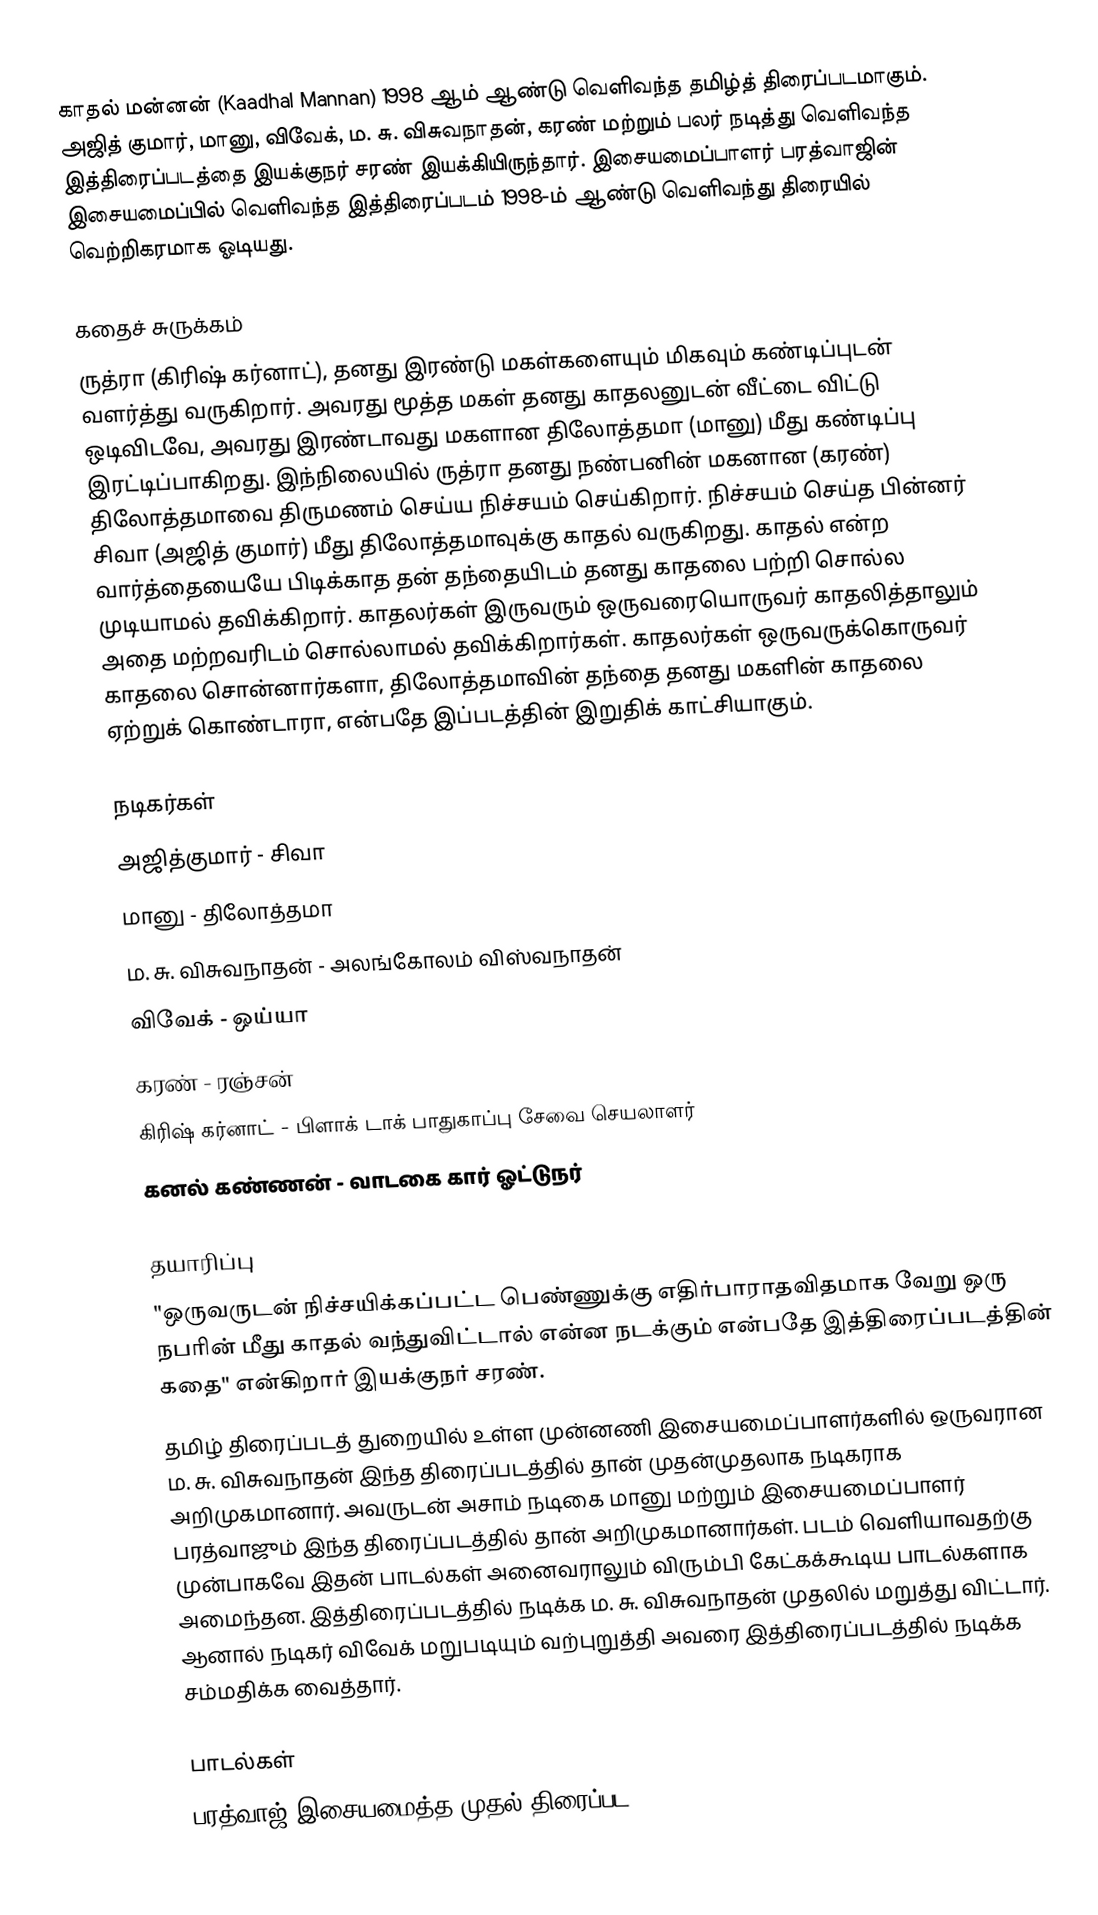
காதல் மன்னன் (Kaadhal Mannan) 1998 ஆம் ஆண்டு வெளிவந்த தமிழ்த் திரைப்படமாகும். அஜித் குமார், மானு, விவேக், ம. சு. விசுவநாதன், கரண் மற்றும் பலர் நடித்து வெளிவந்த இத்திரைப்படத்தை இயக்குநர் சரண் இயக்கியிருந்தார். இசையமைப்பாளர் பரத்வாஜின் இசையமைப்பில் வெளிவந்த இத்திரைப்படம் 1998-ம் ஆண்டு வெளிவந்து திரையில் வெற்றிகரமாக ஓடியது.

கதைச் சுருக்கம்
ருத்ரா (கிரிஷ் கர்னாட்), தனது இரண்டு மகள்களையும் மிகவும் கண்டிப்புடன் வளர்த்து வருகிறார். அவரது மூத்த மகள் தனது காதலனுடன் வீட்டை விட்டு ஒடிவிடவே, அவரது இரண்டாவது மகளான திலோத்தமா (மானு) மீது கண்டிப்பு இரட்டிப்பாகிறது. இந்நிலையில் ருத்ரா தனது நண்பனின் மகனான (கரண்) திலோத்தமாவை திருமணம் செய்ய நிச்சயம் செய்கிறார். நிச்சயம் செய்த பின்னர் சிவா (அஜித் குமார்) மீது திலோத்தமாவுக்கு காதல் வருகிறது. காதல் என்ற வார்த்தையையே பிடிக்காத தன் தந்தையிடம் தனது காதலை பற்றி சொல்ல முடியாமல் தவிக்கிறார். காதலர்கள் இருவரும் ஒருவரையொருவர் காதலித்தாலும் அதை மற்றவரிடம் சொல்லாமல் தவிக்கிறார்கள். காதலர்கள் ஒருவருக்கொருவர் காதலை சொன்னார்களா, திலோத்தமாவின் தந்தை தனது மகளின் காதலை ஏற்றுக் கொண்டாரா, என்பதே இப்படத்தின் இறுதிக் காட்சியாகும்.

நடிகர்கள்
 அஜித்குமார் - சிவா
  மானு - திலோத்தமா
 ம. சு. விசுவநாதன் - அலங்கோலம் விஸ்வநாதன்
 விவேக் -  ஒய்யா
 கரண் - ரஞ்சன்
 கிரிஷ் கர்னாட் - பிளாக் டாக் பாதுகாப்பு சேவை செயலாளர்
 கனல் கண்ணன் - வாடகை கார் ஓட்டுநர்

தயாரிப்பு
"ஒருவருடன் நிச்சயிக்கப்பட்ட பெண்ணுக்கு எதிர்பாராதவிதமாக வேறு ஒரு நபரின் மீது காதல் வந்துவிட்டால் என்ன நடக்கும் என்பதே இத்திரைப்படத்தின் கதை" என்கிறார் இயக்குநர் சரண்.
தமிழ் திரைப்படத் துறையில் உள்ள முன்னணி இசையமைப்பாளர்களில் ஒருவரான ம. சு. விசுவநாதன் இந்த திரைப்படத்தில் தான் முதன்முதலாக நடிகராக அறிமுகமானார்.  அவருடன் அசாம் நடிகை மானு மற்றும் இசையமைப்பாளர் பரத்வாஜும் இந்த திரைப்படத்தில் தான்   அறிமுகமானார்கள். படம் வெளியாவதற்கு முன்பாகவே இதன் பாடல்கள் அனைவராலும் விரும்பி கேட்கக்கூடிய பாடல்களாக அமைந்தன. இத்திரைப்படத்தில் நடிக்க ம. சு. விசுவநாதன் முதலில் மறுத்து விட்டார். ஆனால் நடிகர் விவேக் மறுபடியும் வற்புறுத்தி அவரை இத்திரைப்படத்தில் நடிக்க சம்மதிக்க வைத்தார்.

பாடல்கள்
பரத்வாஜ் இசையமைத்த முதல் திரைப்பட